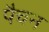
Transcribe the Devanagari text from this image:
पैचन